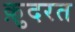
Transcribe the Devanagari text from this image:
क़़ुदरत